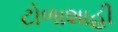
ટોળાશાહી